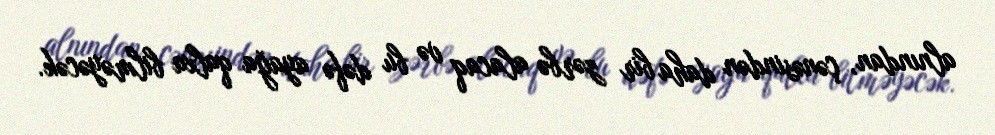
alnından, çənəsindən daha bir zərbə alacaq və bu dəfə ayağa qalxa bilməyəcək.